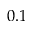
0 . 1